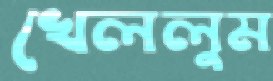
খেললুম